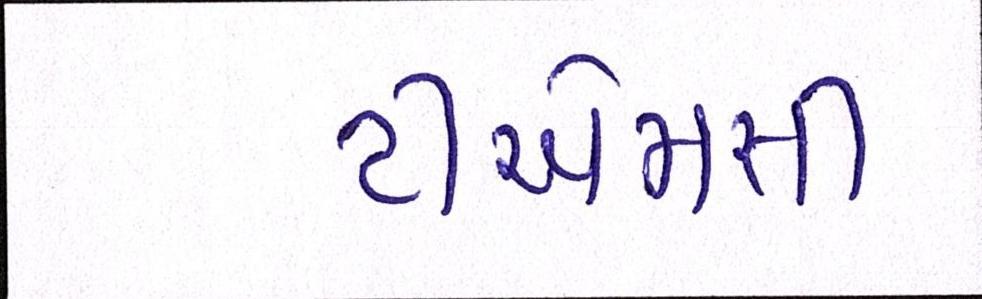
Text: ટીએમસી